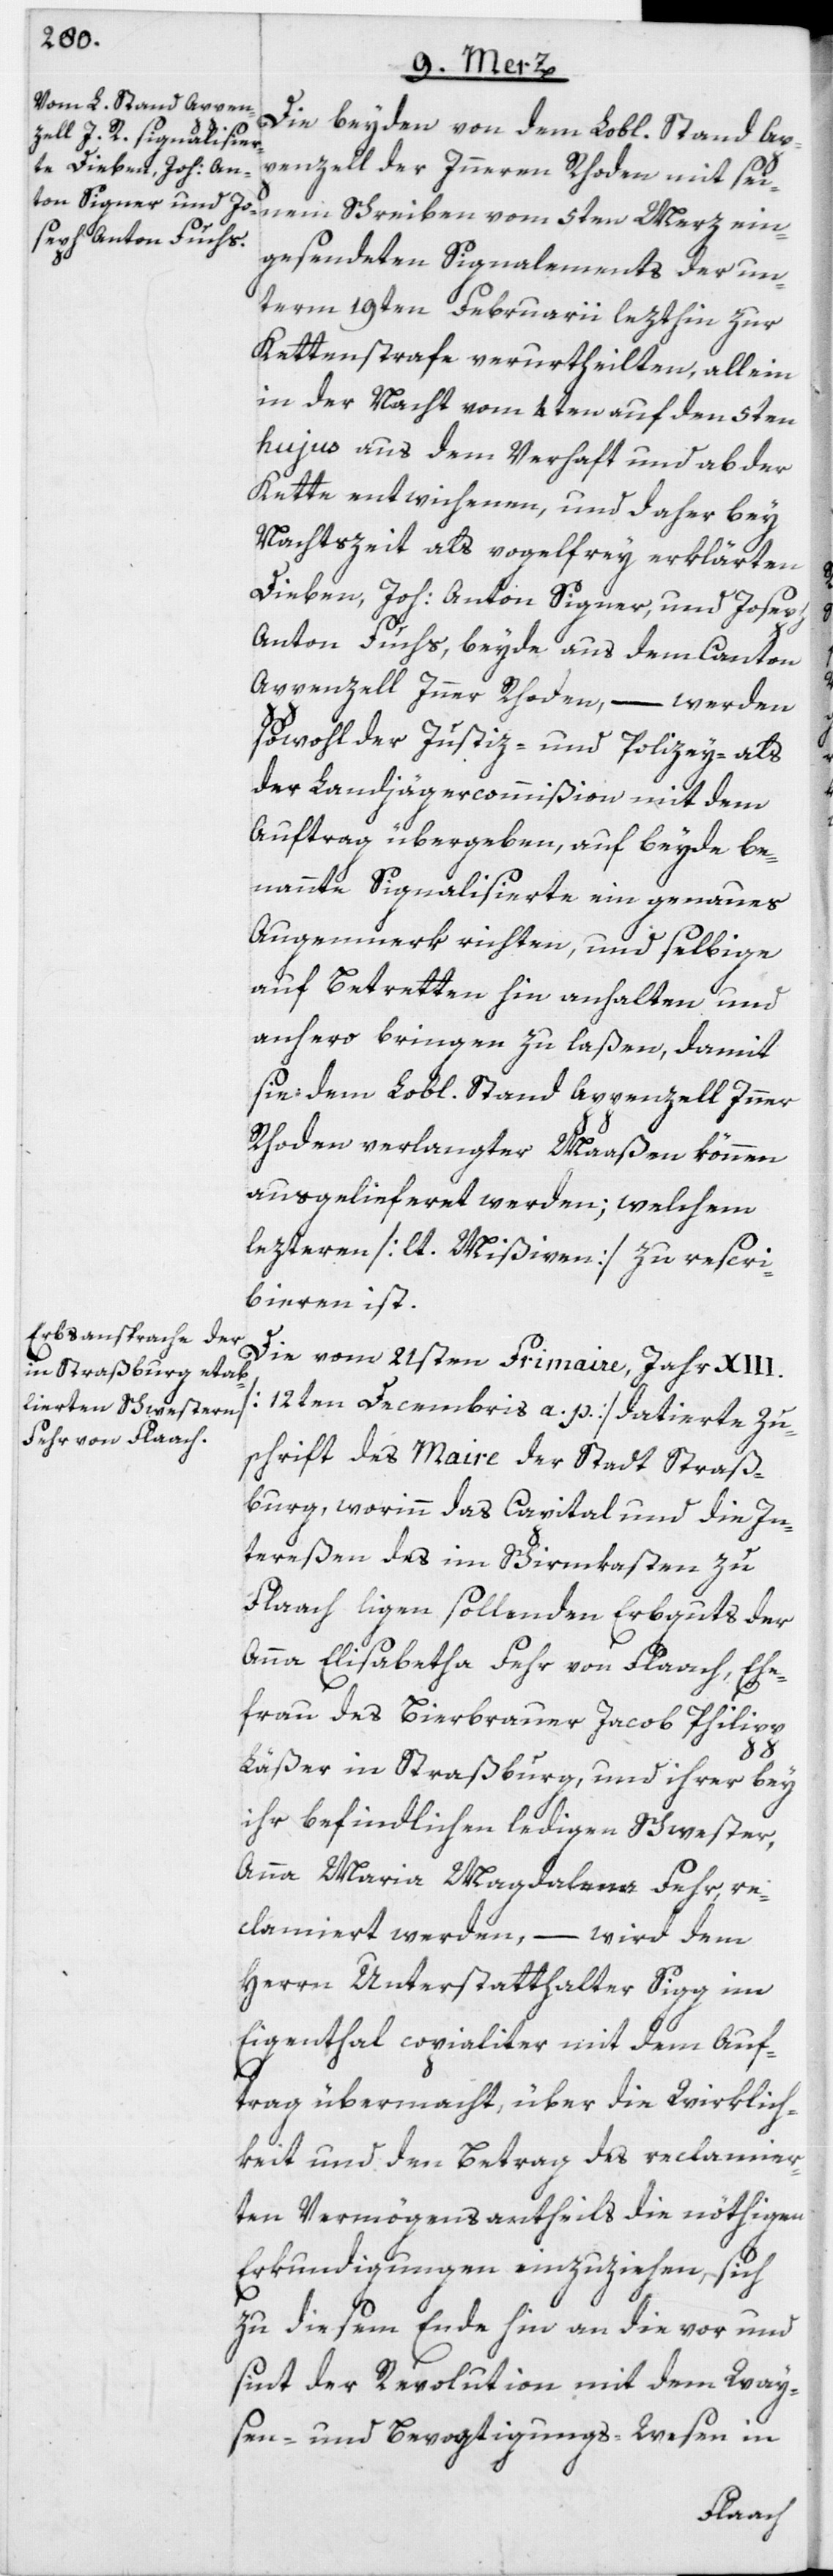
Die beyden von dem Lobl. Stand Ap¬
penzell der Inneren Rhoden mit sei¬
nem Schreiben vom 5ten Merz ein¬
gesendeten Signalements der un¬
term 19ten Februarii lezthin zur
Kettenstrafe verurtheilten, allein
in der Nacht vom 4ten auf den 5ten
hujus aus dem Verhaft und ab der
Kette entwichenen, und daher bey
Nachtszeit als vogelfrey erklärten
Dieben, Joh: Anton Signer, und Joseph
Anton Fuchs, beyde aus dem Canton
Appenzell Inner Rhoden, – werden
sowohl der Justiz- und Polizey- als
der Landjägercommißion mit dem
Auftrag übergeben, auf beyde be¬
nannte Signalisierte ein genaues
Augenmerk richten, und selbige
auf Betretten hin anhalten und
anhero bringen zu laßen, damit
sie dem Lobl. Stand Appenzell Inner
Rhoden verlangter Maaßen können
ausgelieferet werden; welchem
lezteren [lt. Mißiven] zu rescri¬
bieren ist.
Die vom 21sten Frimaire, Jahr
[12ten Decembris a. p.] datierte Zu¬
schrift des Maire der Stadt Straß¬
burg, worinn das Capital und die In¬
tereßen des im Schirmkasten zu
Flaach ligen sollenden Erbguts der
Anna Elisabetha Fehr von Flaach, Ehe¬
frau des Bierbrauer Jacob Philipp
Läßer in Straßburg, und ihrer bey
ihr befindlichen ledigen Schwester,
Anna Maria Magdalena Fehr, re¬
clamiert werden, – wird dem
Herrn Unterstatthalter Sigg im
Eigenthal copialiter mit dem Auf¬
trag übermacht, über die Wirklich¬
keit und den Betrag des reclamier¬
ten Vermögensantheils die nöthigen
Erkundigungen einzuziehen, sich
zu diesem Ende hin an die vor und
sint der Revolution mit dem Way¬
sen- und Bevogtigungs-Wesen in